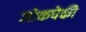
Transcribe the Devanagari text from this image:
जोकपेकी